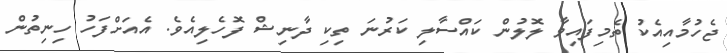
ޖެހުމާއިއެކު ތެމިފައިވާ ލޮލުން ކައްސާާލި ކަރުނަ ތިކި ދާނިޝް ފޮޮހެލިއެވެ. އެއަށްފަހު ހިނިތުން